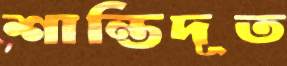
শান্তিদূত